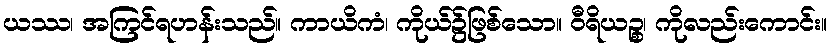
ယဿ၊ အကြင်ရဟန်းသည်။ ကာယိကံ၊ ကိုယ်၌ဖြစ်သော။ ဝီရိယဉ္စ၊ ကိုလည်းကောင်း။